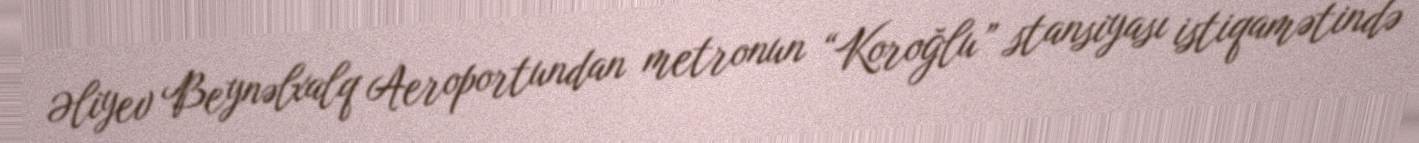
Əliyev Beynəlxalq Aeroportundan metronun “Koroğlu” stansiyası istiqamətində